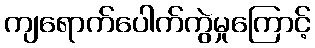
ကျရောက်ပေါက်ကွဲမှုကြောင့်